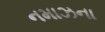
નમાઝના